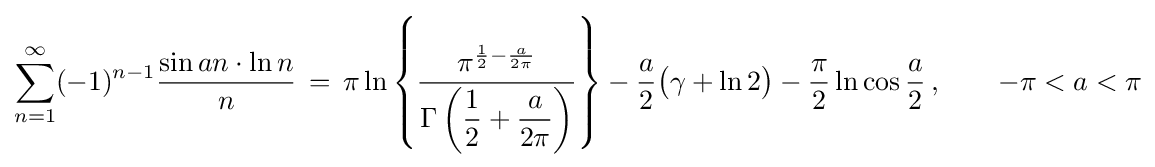
\sum _{n=1}^{\infty }(-1)^{n-1}{\frac {\sin an\cdot \ln {n}}{n}}\,=\,\pi \ln \left\{{\frac {\pi ^{{\frac {1}{2}}-{\frac {a}{2\pi }}}}{\Gamma \left(\displaystyle {\frac {1}{2}}+{\frac {a}{2\pi }}\right)}}\right\}-{\frac {a}{2}}{\big (}\gamma +\ln 2{\big )}-{\frac {\pi }{2}}\ln \cos {\frac {a}{2}}\,,\qquad -\pi <a<\pi